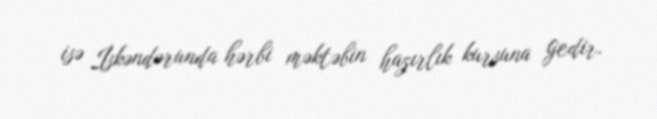
isə İskəndərunda hərbi məktəbin hazırlık kursuna gedir.